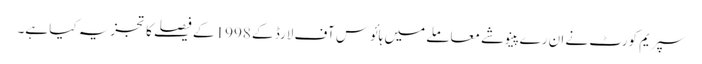
سپریم کورٹ نے ان رے پینوشے معاملے میں ہائوس آف لارڈ کے 1998 کے فیصلے کا تجزیہ کیا ہے۔